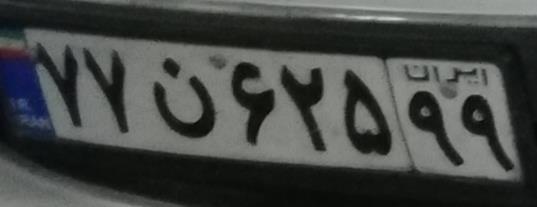
۷۷ن۶۲۵۹۹